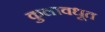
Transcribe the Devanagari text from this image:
कुलावधूत